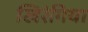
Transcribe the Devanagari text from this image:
खिरंगिया